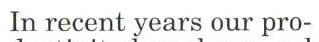
In recent years our pro-